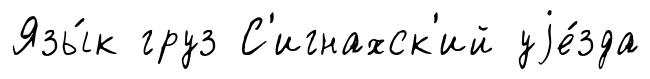
Язы́к груз С'игнахск'ий уjе́зда